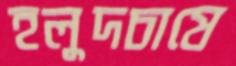
হলুদচাষে